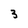
Character: 3